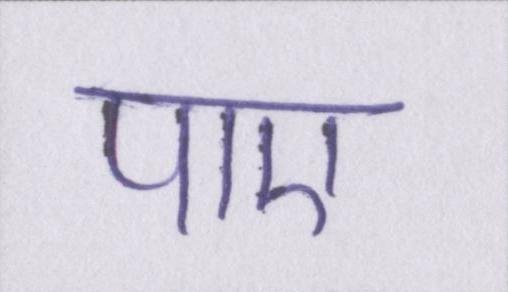
पाए